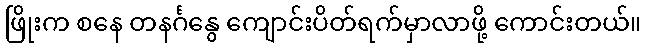
ဖြိုးက စနေ တနင်္ဂနွေ ကျောင်းပိတ်ရက်မှာလာဖို့ ကောင်းတယ်။